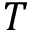
T